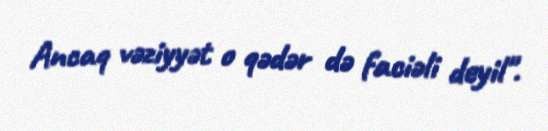
Ancaq vəziyyət o qədər də faciəli deyil".